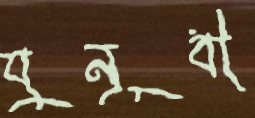
যুনূবী